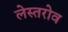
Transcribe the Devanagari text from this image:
लेस्तरोव